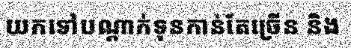
យកទៅបណ្តាក់ទុនកាន់តែច្រើន និង